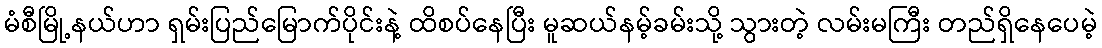
မံစီမြို့နယ်ဟာ ရှမ်းပြည်မြောက်ပိုင်းနဲ့ ထိစပ်နေပြီး မူဆယ်နမ့်ခမ်းသို့ သွားတဲ့ လမ်းမကြီး တည်ရှိနေပေမဲ့